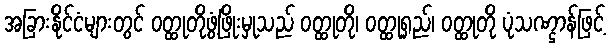
အခြားနိုင်ငံများတွင် ဝတ္ထုတိုဖွံ့ဖြိုးမှုသည် ဝတ္ထုတို၊ ဝတ္ထုရှည်၊ ဝတ္ထုတို ပုံသဏ္ဌာန်ဖြင့်